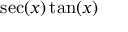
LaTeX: \sec ( x ) \tan ( x )